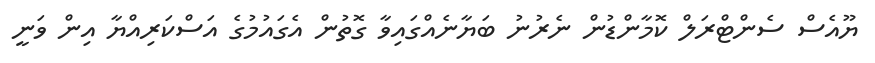
ޔޫއެސް ސެންޓްރަލް ކޮމާންޑުން ނެރުނު ބަޔާނެއްގައިވާ ގޮތުން އެގައުމުގެ އަސްކަރިއްޔާ އިން ވަނީ